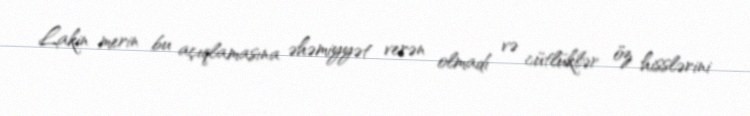
Lakin merin bu açıqlamasına əhəmiyyət verən olmadı və cütlüklər öz hisslərini